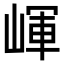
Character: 𡺠